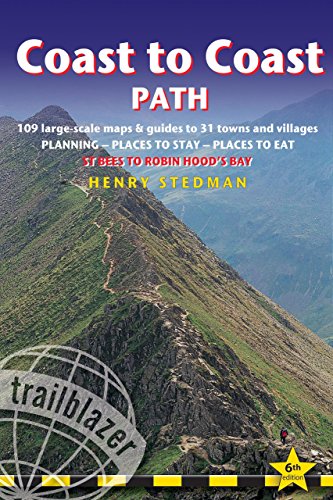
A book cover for Coast to Coast Path: British Walking Guide: planning, places to stay, places to eat; includes 109 large-scale walking maps (Trailblazer British Walking Guides); Henry Stedman; Health, Fitness & Dieting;